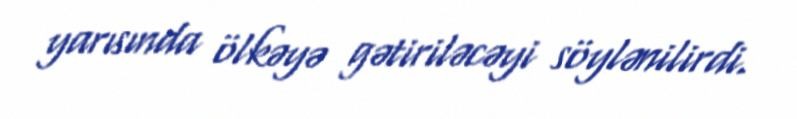
yarısında ölkəyə gətiriləcəyi söylənilirdi.